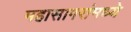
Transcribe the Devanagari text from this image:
महासागरांमध्ये